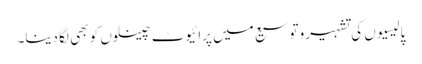
پالیسیوں کی تشہیرو توسیع میں پرائیوٹ چینلوں کو بھی لگا دینا۔